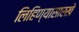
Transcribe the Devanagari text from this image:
लिहिण्यासारखे